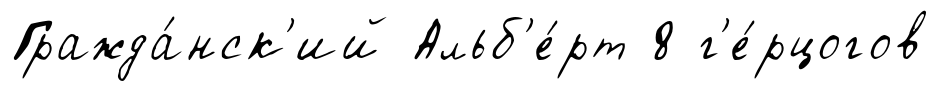
Гражда́нск'ий Альб'е́рт 8 г'е́рцогов